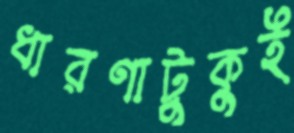
ধারণাটুকুই